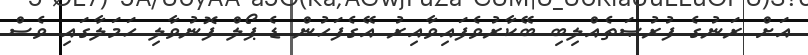
އަށް ރަނުގެ ފުރުޞަތެއްލިބި ބޭކާރުވެފައިވާއިރު އޭގެފަހުން ޑެ ޕޯލް ފޮނުވާލި ހަމަލާގައި ވެސް